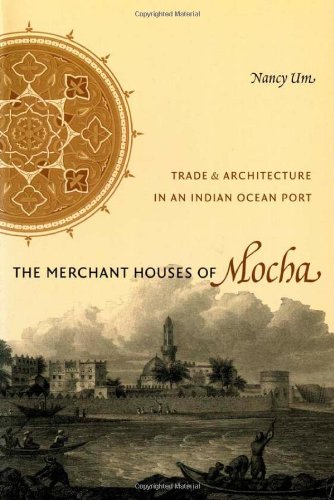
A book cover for The Merchant Houses of Mocha: Trade and Architecture in an Indian Ocean Port (Publications on the Near East); Nancy Um; History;